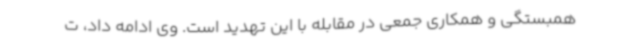
همبستگی و همکاری جمعی در مقابله با این تهدید است. وی ادامه داد، ت